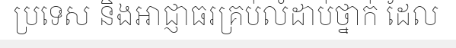
ប្រទេស និងអាជ្ញាធរគ្រប់លំដាប់ថ្នាក់ ដែល